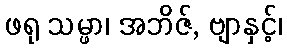
ဖရု သမ္ဖာ၊ အဘိဇ်, ဗျာနှင့်၊